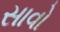
સાવો